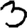
Digit: 3